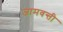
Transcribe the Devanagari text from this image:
जामवन्ती